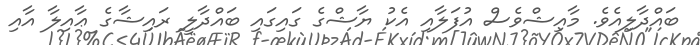
ބައްދާލިއެވެ. މާއިޝްވެސް އުފަލާއި އެކު ޔާޝްގެ ގައިގައި ބައްދާލީ ރައިޝާގެ ޢާއިލާ އާއި